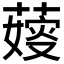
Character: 𦺋